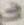
Text: 3